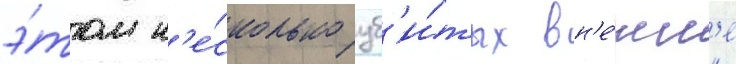
э́том н'е́сколько уб'и́тых вн'е́шн'е